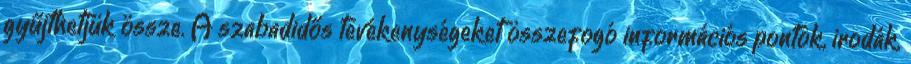
gyűjthetjük össze. A szabadidős tevékenységeket összefogó információs pontok, irodák,